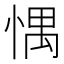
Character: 㥥